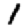
Digit: 1